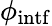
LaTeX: \phi_{\mathrm{intf}}